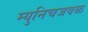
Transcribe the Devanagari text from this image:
म्युनिचजवळ